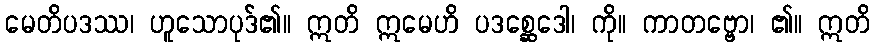
မေတိပဒဿ၊ ဟူသောပုဒ်၏။ ဣတိ ဣမေဟိ ပဒစ္ဆေဒေါ၊ ကို။ ကာတဗ္ဗော၊ ၏။ ဣတိ